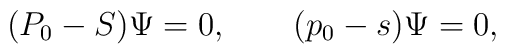
(P_0-S)\Psi=0, \qquad (p_0-s)\Psi=0,